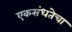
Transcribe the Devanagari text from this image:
एकसंधतेचा